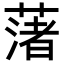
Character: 𦼥